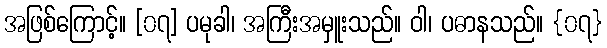
အဖြစ်ကြောင့်။ [၀၇] ပမုခါ၊ အကြီးအမှူးသည်။ ဝါ၊ ပဓာနသည်။ {၀၇}